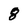
Character: 8